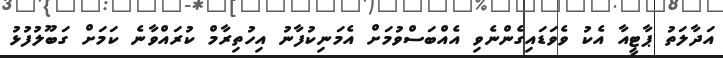
އަދާލަތު ޕާޓީއާ އެކު ވެވަޑައިގެންނެވި އެއްބަސްވުމަށް އެމަނިކުފާނު އިހުތިރާމް ކުރައްވާނެ ކަމަށް ގަބޫލުފުޅު